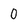
Character: 0